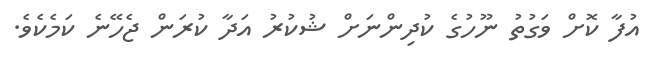
އުފާ ކޮށް ވަގުތު ނޫހުގެ ކުދިންނަށް ޝުކުރު އަދާ ކުރަން ޖެހޭނެ ކަމެކެވެ.